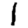
Digit: 1